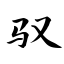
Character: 驭